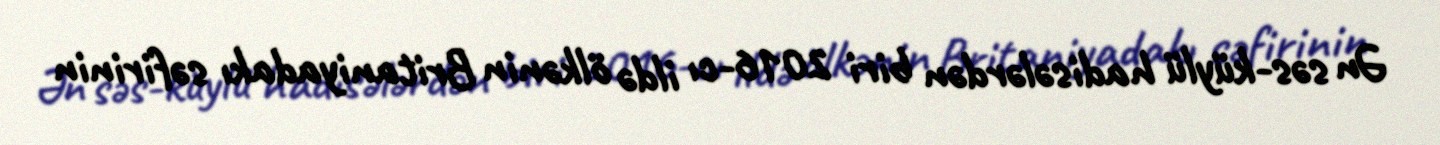
Ən səs-küylü hadisələrdən biri 2016-cı ildə ölkənin Britaniyadakı səfirinin